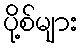
ပို့စ်များ